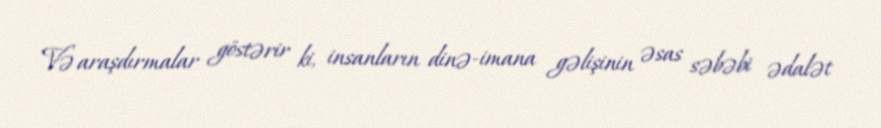
Və araşdırmalar göstərir ki, insanların dinə-imana gəlişinin əsas səbəbi ədalət